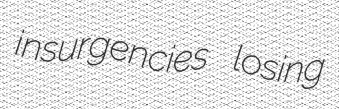
insurgencies losing